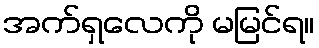
အက်ရှလေကို မမြင်ရ။